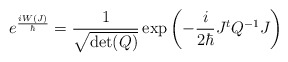
\begin{align*}e^{\frac{i W(J)}{\hbar}}= \frac{1}{\sqrt{\det(Q)}} \exp\left( -\frac{i}{2\hbar} J^t Q^{-1} J \right)\end{align*}